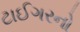
ટાઈગરનો